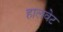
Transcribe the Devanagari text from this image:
हालवेट